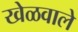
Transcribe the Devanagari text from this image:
खेळवाले